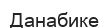
Данабике